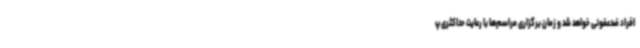
افراد ضدعفونی خواهد شد و زمان برگزاری مراسم‌ها با رعایت حداکثری پ